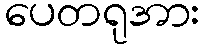
ပေတရုအား